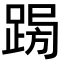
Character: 𨁳